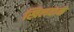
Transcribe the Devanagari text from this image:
खिलवाने